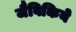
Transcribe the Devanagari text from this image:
जैविकिये